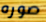
صوره